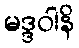
မဒ္ဒဝါနိ